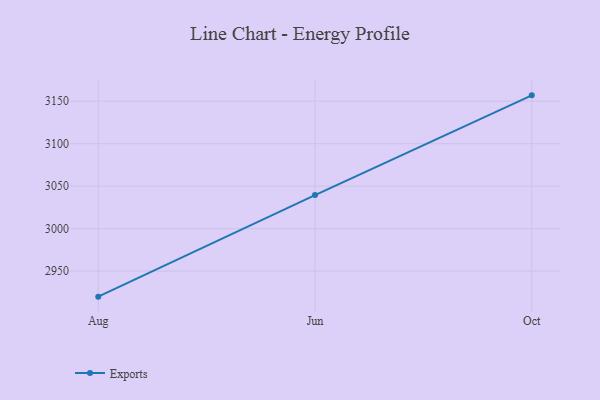
{"axis": {"x": "Month", "y": "Budget (USD K)"}, "legend": ["Exports"], "data": [{"x": "Aug", "y": 2919.9, "type": "Exports"}, {"x": "Jun", "y": 3039.5, "type": "Exports"}, {"x": "Oct", "y": 3156.9, "type": "Exports"}]}